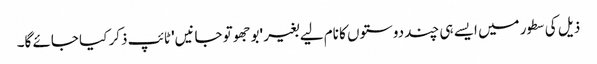
ذیل کی سطور میں ایسے ہی چند دوستوں کا نام لیے بغیر 'بوجھو تو جانیں' ٹائپ ذکر کیا جائے گا۔